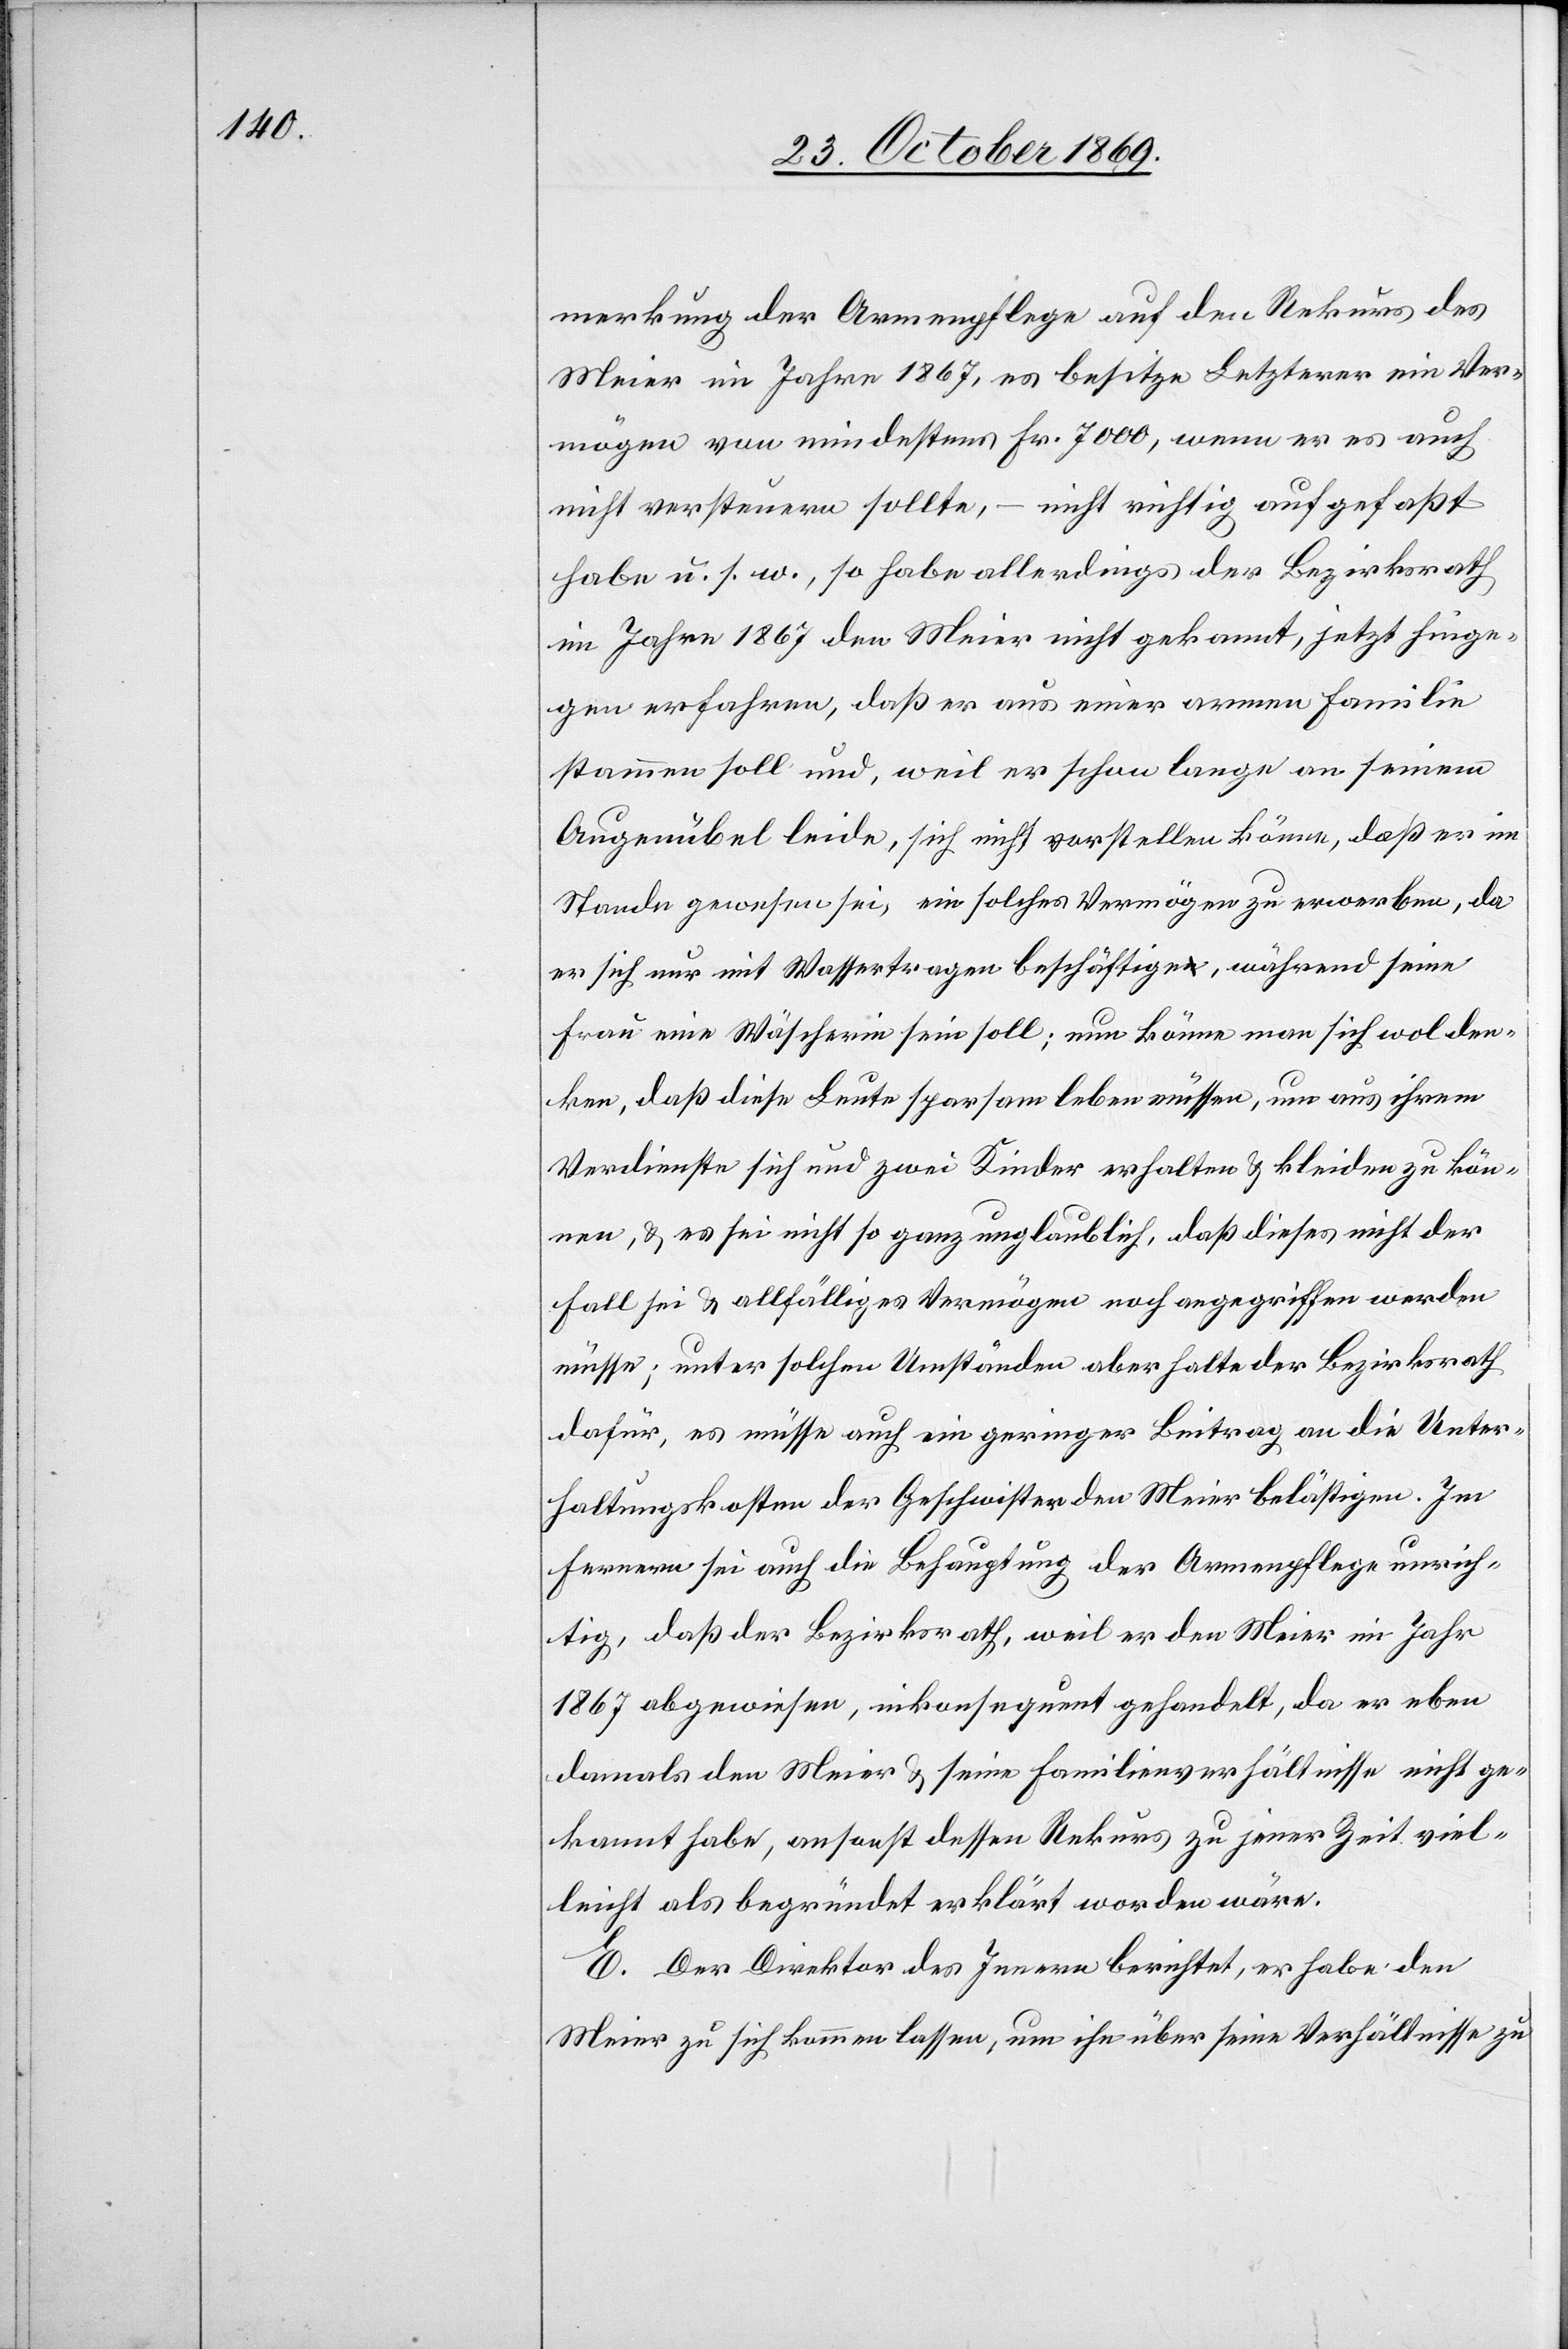
merkung der Armenpflege auf den Rekurs des
Meier im Jahre 1867, es besitze Letzterer ein Ver¬
mögen von mindestens Fr. 7000, wenn er es auch
nicht versteuern sollte, – nicht richtig aufgefaßt
habe u. s. w., so habe allerdings der Bezirksrath
im Jahre 1867 den Meier nicht gekannt, jetzt hinge¬
gen erfahren, daß er aus einer armen Familie
stammen soll und, weil er schon lange an seinem
Augenübel leide, sich nicht vorstellen könne, daß er im
Stande gewesen sei, ein solches Vermögen zu erwerben, da
er sich nur mit Wassertragen beschäftige, während seine
Frau eine Wäscherin sein soll; nun könne man sich wol den¬
ken, daß diese Leute sparsam leben müssen, um aus ihrem
Verdienste sich und zwei Kinder erhalten & kleiden zu kön¬
nen, & es sei nicht so ganz unglaublich, daß dieses nicht der
Fall sei & allfälliges Vermögen noch angegriffen werden
müsse; unter solchen Umständen aber halte der Bezirksrath
dafür, es müsse auch ein geringer Beitrag an die Unter¬
haltungskosten der Geschwister den Meier belästigen. Im
Fernern sei auch die Behauptung der Armenpflege unrich¬
tig, daß der Bezirksrath, weil er den Meier im Jahr
1867 abgewiesen, inkonsequent gehandelt, da er eben
damals den Meier & seine Familienverhältnisse nicht ge¬
kannt habe, ansonst dessen Rekurs zu jener Zeit viel¬
leicht als begründet erklärt worden wäre.
E. Der Direktor des Innern berichtet, er habe den
Meier zu sich kommen lassen, um ihn über seine Verhältnisse zu